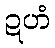
ဍဟံ